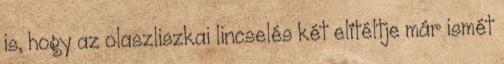
is, hogy az olaszliszkai lincselés két elítéltje már ismét